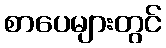
စာပေများတွင်